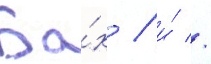
Ба́х / и́ //